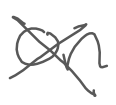
Text: on
Cross-out: cross
Writing tool: digital_gray